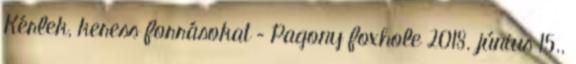
Kérlek, keress forrásokat – Pagony foxhole 2018. június 15.,